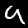
Digit: 9